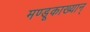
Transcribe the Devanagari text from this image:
मण्डूकाख्यान्